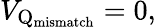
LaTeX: V_{\mathrm{Q}_{\mathrm{mismatch}}}=0,